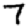
Digit: 7